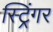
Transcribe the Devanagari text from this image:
स्ट्रिंगर